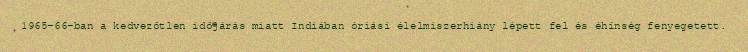
1965-66-ban a kedvezőtlen időjárás miatt Indiában óriási élelmiszerhiány lépett fel és éhínség fenyegetett.